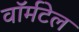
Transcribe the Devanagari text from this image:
वॉर्मटेल